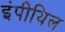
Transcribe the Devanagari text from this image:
इंपीयिल